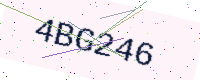
Text: 4BG246